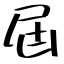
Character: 屆